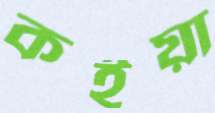
কইয়া